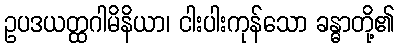
ဥပဒယတ္ထဂါမိနိယာ၊ ငါးပါးကုန်သော ခန္ဓာတို့၏